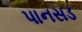
પાનસડ